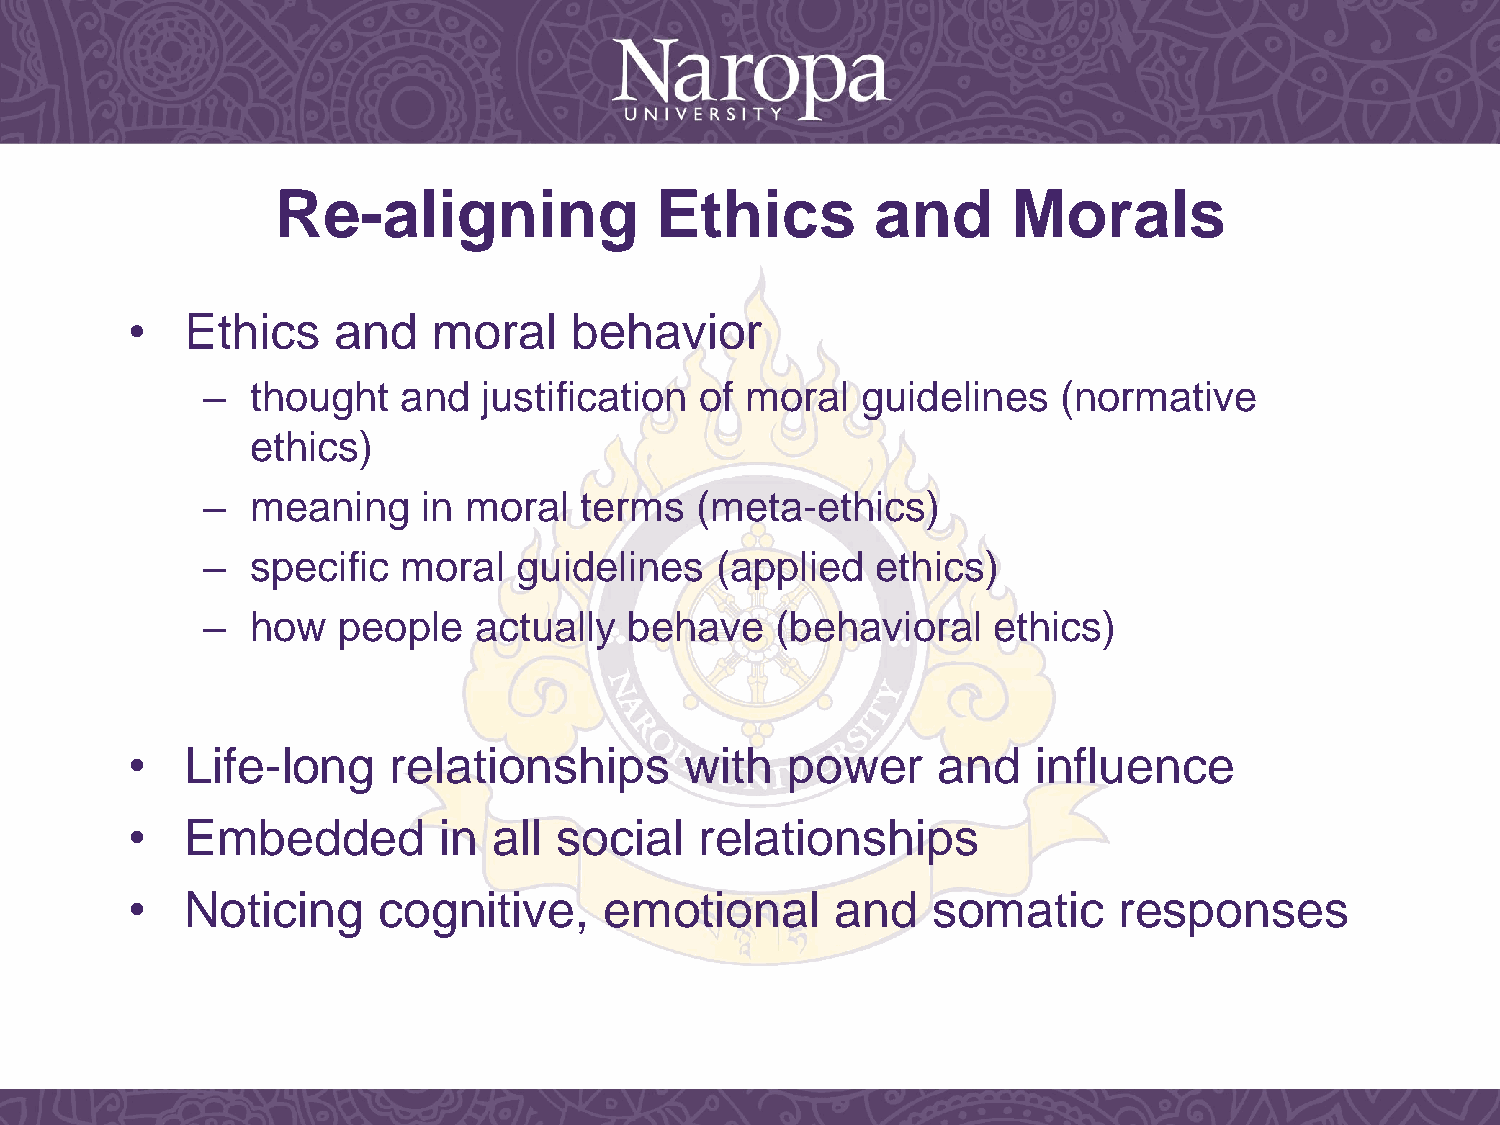
Re-aligning              Ethics         and      Morals
 •   Ethics    and    moral    behavior
 –   thought   and  justification of moral   guidelines   (normative
 ethics)
 –   meaning    in moral  terms   (meta-ethics)
 –   specific  moral  guidelines   (applied   ethics)
 –   how  people   actually   behave   (behavioral    ethics)
 •   Life-long     relationships      with   power     and    influence
 •   Embedded         in  all social   relationships
 •   Noticing     cognitive,     emotional      and    somatic     responses